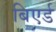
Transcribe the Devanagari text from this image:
बिएर्ड